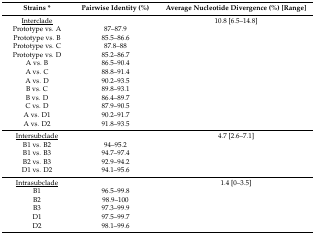
| Strains * | Pairwise Identity (%) | Average Nucleotide Divergence (%) [Range] |
 | --- | --- | --- |
 | <underline>Interclade</underline> |  | 10.8 [6.5–14.8] |
 | Prototype vs. A | 87–87.9 |  |
 | Prototype vs. B | 85.5–86.6 |  |
 | Prototype vs. C | 87.8–88 |  |
 | Prototype vs. D | 85.2–86.7 |  |
 | A vs. B | 86.5–90.4 |  |
 | A vs. C | 88.8–91.4 |  |
 | A vs. D | 90.2–93.5 |  |
 | B vs. C | 89.8–93.1 |  |
 | B vs. D | 86.4–89.7 |  |
 | C vs. D | 87.9–90.5 |  |
 | A vs. D1 | 90.2–91.7 |  |
 | A vs. D2 | 91.8–93.5 |  |
 | <underline>Intersubclade</underline> |  | 4.7 [2.6–7.1] |
 | B1 vs. B2 | 94–95.2 |  |
 | B1 vs. B3 | 94.7–97.4 |  |
 | B2 vs. B3 | 92.9–94.2 |  |
 | D1 vs. D2 | 94.1–95.6 |  |
 | <underline>Intrasubclade</underline> |  | 1.4 [0–3.5] |
 | B1 | 96.5–99.8 |  |
 | B2 | 98.9–100 |  |
 | B3 | 97.3–99.9 |  |
 | D1 | 97.5–99.7 |  |
 | D2 | 98.1–99.6 |  |